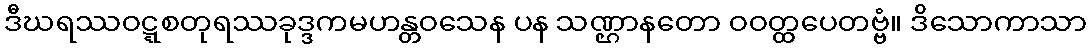
ဒီဃရဿဝဋ္ဋစတုရဿခုဒ္ဒကမဟန္တဝသေန ပန သဏ္ဌာနတော ဝဝတ္ထပေတဗ္ဗံ။ ဒိသောကာသာ